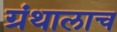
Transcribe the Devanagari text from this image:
ग्रंथालाच